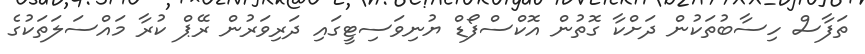
ތަފާސް ހިސާބުތަކުން ދަށްކާ ގޮތުން އޮކްސްފޯޑް ޔުނިވަސިޓީގައި ދަރިވަރުން ރޭޕް ކުރާ މައްސަލަތަކުގެ